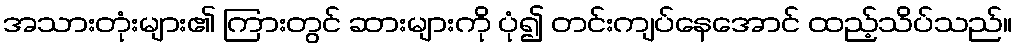
အသားတုံးများ၏ ကြားတွင် ဆားများကို ပုံ၍ တင်းကျပ်နေအောင် ထည့်သိပ်သည်။